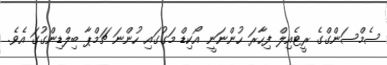
ސެމްސަންގްގެ ރީޓެއިލް ފިހާރަ ހުންނަނީ އޯކިޑް މަގުގައި ހުންނަ ޗަމްޕާ ބިލްޑިންގުގަ އެވެ.